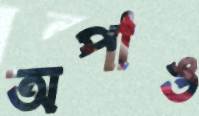
অপাঙ